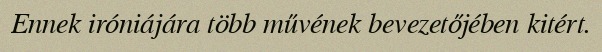
Ennek iróniájára több művének bevezetőjében kitért.